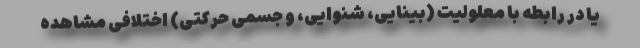
یا در رابطه با معلولیت (بینایی، شنوایی، و جسمی حرکتی) اختلافی مشاهده